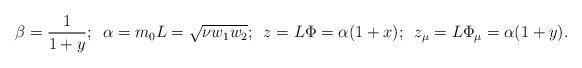
LaTeX: \begin{align*}\beta=\frac 1 {1+y};\,\,\, \alpha =m_0 L = \sqrt{\nu w_{1}w_{2}};\,\,\,z=L\Phi=\alpha (1+x); \,\,\,z_{\mu}=L\Phi_{\mu}=\alpha (1+y).\end{align*}